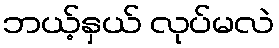
ဘယ့်နှယ် လုပ်မလဲ